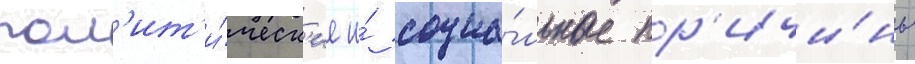
пол'ит'и́ческ'ие и́ социа́льные пр'ичи́ны